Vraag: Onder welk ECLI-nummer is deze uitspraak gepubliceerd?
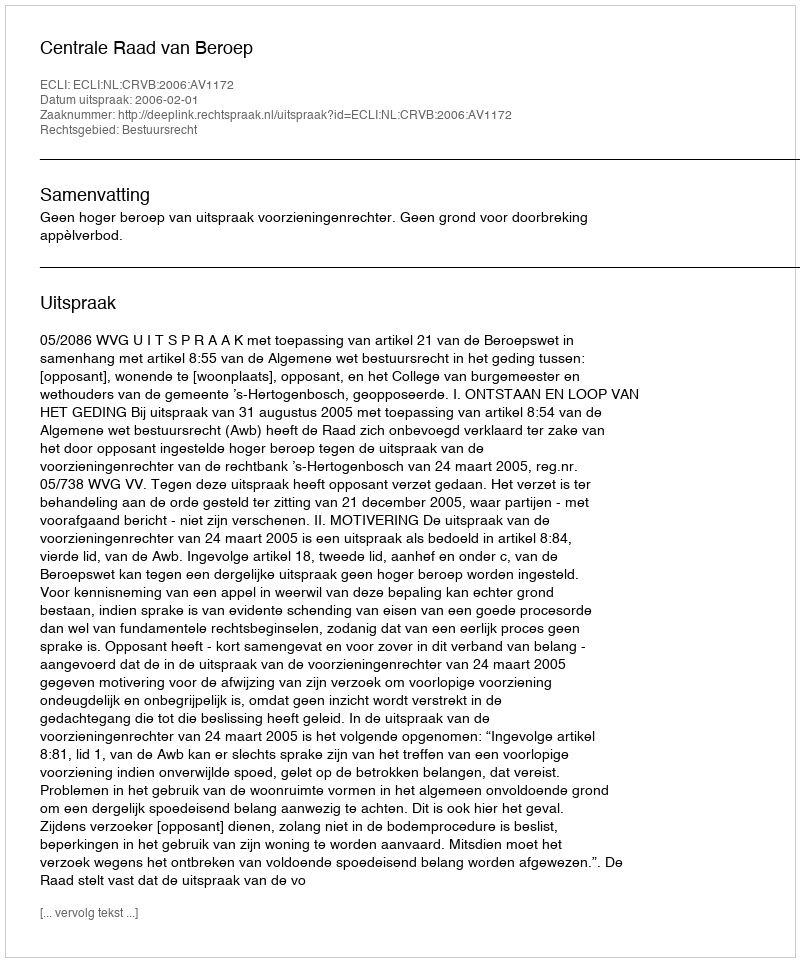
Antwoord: ECLI:NL:CRVB:2006:AV1172